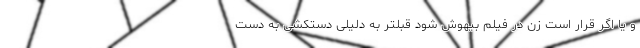
و یا اگر قرار است زن در فیلم بیهوش شود قبلتر به دلیلی دستکشی به دست